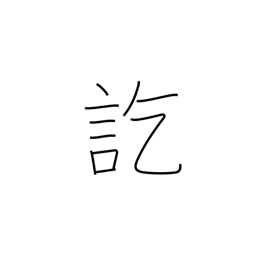
Meaning: finally